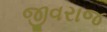
જીવરાજ